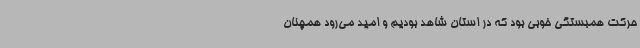
حرکت همبستگی خوبی بود که در استان شاهد بودیم و امید می‌رود همچنان